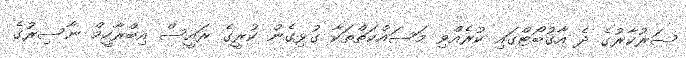
ސަރުކާރުގެ ދެ އާގުބޯޓްގައި ކުރެއްވި މަސައްކަތްތަކާ ގުޅިގެން ކުރީގެ ރައީސް އިބްރާހީމް ނާސިރުގެ